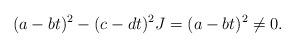
LaTeX: \begin{align*} (a-bt)^2 - (c-dt)^2 J = (a-bt)^2 \ne 0.\end{align*}